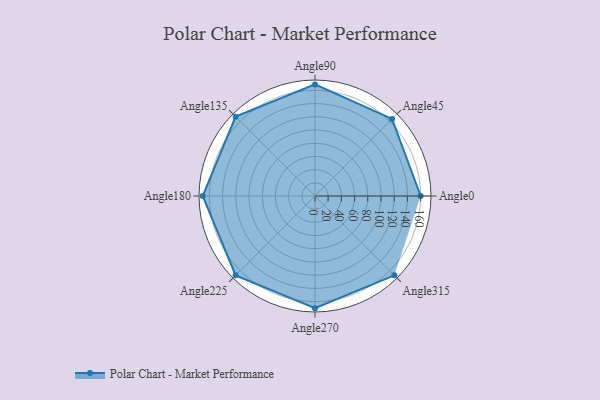
{"axis": {"x": "Angle", "y": "Radius"}, "legend": [""], "data": [{"x": "Angle0", "y": 160.0, "type": ""}, {"x": "Angle45", "y": 165.0, "type": ""}, {"x": "Angle90", "y": 169.0, "type": ""}, {"x": "Angle135", "y": 170, "type": ""}, {"x": "Angle180", "y": 170, "type": ""}, {"x": "Angle225", "y": 170, "type": ""}, {"x": "Angle270", "y": 170, "type": ""}, {"x": "Angle315", "y": 170, "type": ""}]}